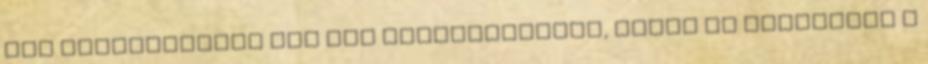
Nem szolgálhatok túl sok meglepetéssel, engem is érdekelne a